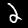
Digit: 2